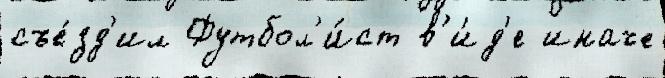
съе́зд'ил Футбол'и́ст в'и́д'е иначе